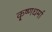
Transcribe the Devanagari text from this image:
कृ्ष्णधर्मा